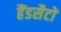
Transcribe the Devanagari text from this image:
हैंडसैटों